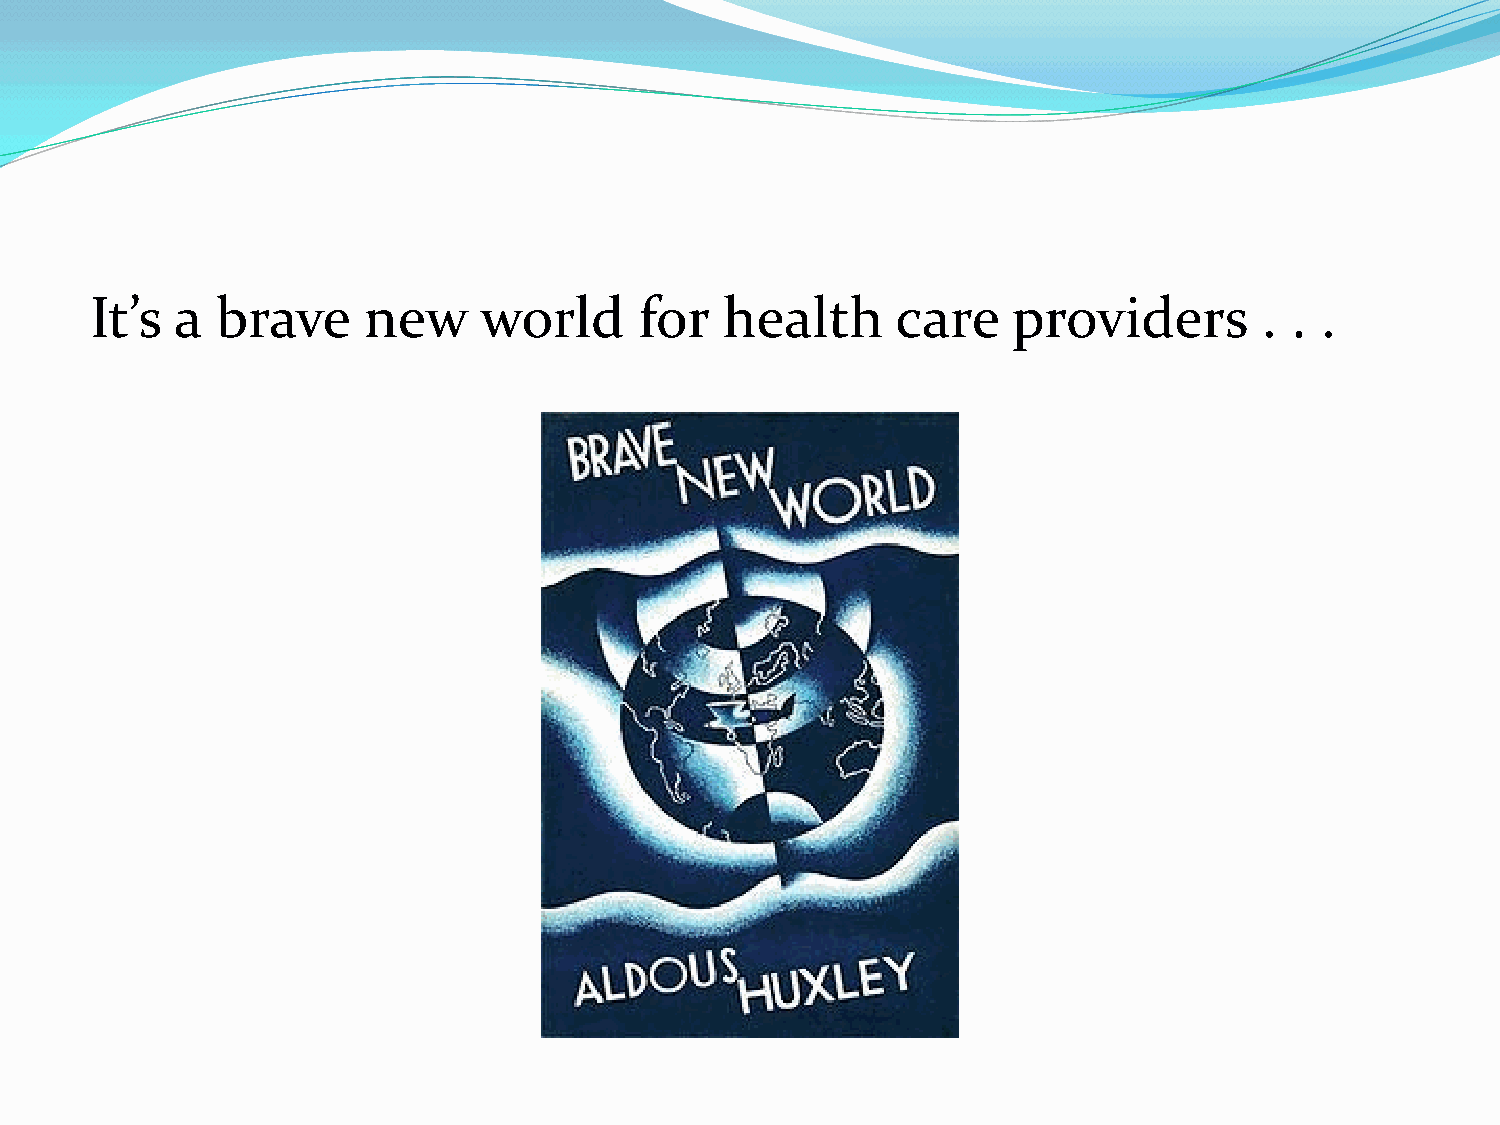
It’s  a brave     new     world     for   health     care    providers        . . .